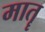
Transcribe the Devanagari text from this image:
मातॄ